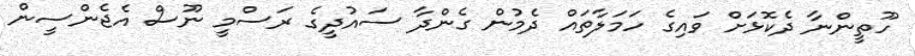
ހޫތީންނާ ދެކޮޅަށް ވައިގެ ހަމަލާތައް ދެމުން ގެންދާ ސައުދީގެ ރަސްމީ ނޫސް އެޖެންސީން